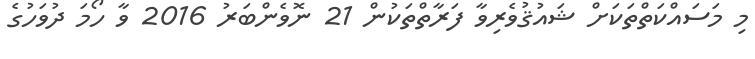
މި މަސައްކަތްތަކަށް ޝައުޤުވެރިވާ ފަރާތްތަކުން 21 ނޮވެންބަރު 2016 ވާ ހޯމަ ދުވަހުގެ